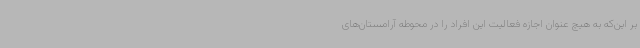
بر این‌که به هیچ عنوان اجازه فعالیت این افراد را در محوطه آرامستان‌های